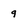
Character: 9